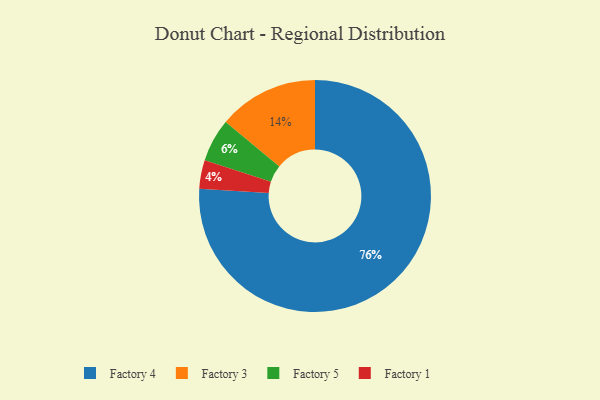
{"axis": {"x": "Category", "y": "Percentage"}, "legend": ["Factory 1", "Factory 3", "Factory 4", "Factory 5"], "data": [{"x": "Factory 1", "y": 4, "type": "Factory 1"}, {"x": "Factory 4", "y": 76, "type": "Factory 4"}, {"x": "Factory 3", "y": 14, "type": "Factory 3"}, {"x": "Factory 5", "y": 6, "type": "Factory 5"}]}